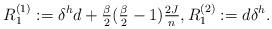
LaTeX: \begin{align*} R_1^{(1)}:=\delta^h d+\tfrac{\beta}{2}(\tfrac{\beta}{2}-1)\tfrac{2J}{n}, R^{(2)}_1:=d\delta^h. \end{align*}